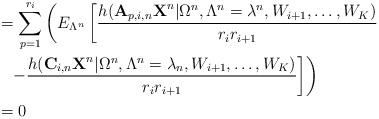
\begin{align*} &= \sum_{p=1}^{r_i}\left(E_{\Lambda^n}\left[\frac{h(\textbf{A}_{p,i,n}\textbf{X}^n|\Omega^n,\Lambda^n=\lambda^n,W_{i+1},\ldots,W_K)}{r_ir_{i+1}}\right.\right.\\&\ \ \left.\left.-\frac{h(\textbf{C}_{i,n}\textbf{X}^n|\Omega^n,\Lambda^n=\lambda_n,W_{i+1},\ldots,W_K)}{r_ir_{i+1}}\right]\right) \\ &=0\end{align*}